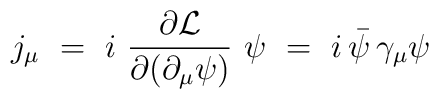
j_\mu ~=~ i~ {{ \partial {\cal L}} \over { \partial (\partial_\mu\psi) }}~\psi ~=~ i \, \bar\psi \, \gamma_\mu \psi